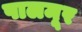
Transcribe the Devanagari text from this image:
पालमूर